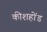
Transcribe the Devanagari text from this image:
कीशहोंड